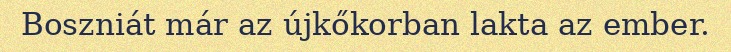
Boszniát már az újkőkorban lakta az ember.